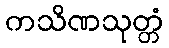
ကသိဏသုတ္တံ